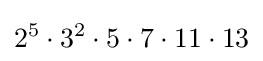
2^{5}\cdot 3^{2}\cdot 5\cdot 7\cdot 11\cdot 13